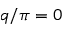
q / \pi = 0